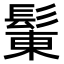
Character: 𩭩